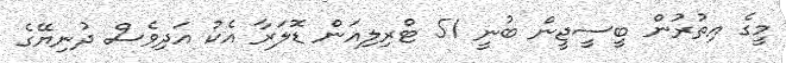
މީގެ އިތުރުން ބީސީޖީން ބުނީ 51 ޓްރިލިއަން ޑޮލަރާ އެކު އަދިވެސް ދުނިޔޭގެ